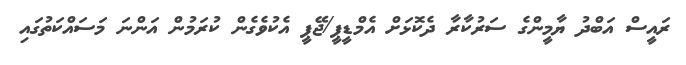
ރައީސް އަބްދު ޔާމީންގެ ސަރުކާރާ ދެކޮޅަށް އެމްޑީޕީ/ޖޭޕީ އެކުވެގެން ކުރަމުން އަންނަ މަސައްކަތުގައި